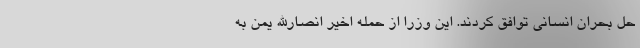
حل بحران انسانی توافق کردند. این وزرا از حمله اخیر انصارالله یمن به